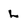
Character: L